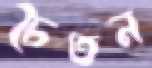
চৈতন